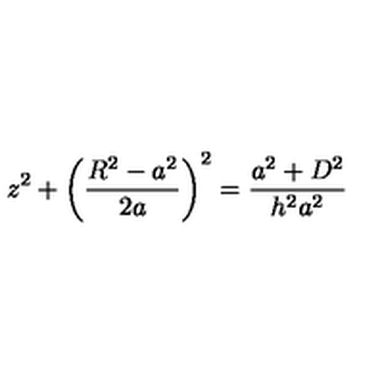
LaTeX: z ^ { 2 } + \bigg ( \frac { R ^ { 2 } - a ^ { 2 } } { 2 a } \bigg ) ^ { 2 } = \frac { a ^ { 2 } + D ^ { 2 } } { h ^ { 2 } a ^ { 2 } }